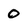
Character: O